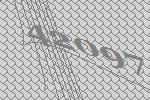
42097